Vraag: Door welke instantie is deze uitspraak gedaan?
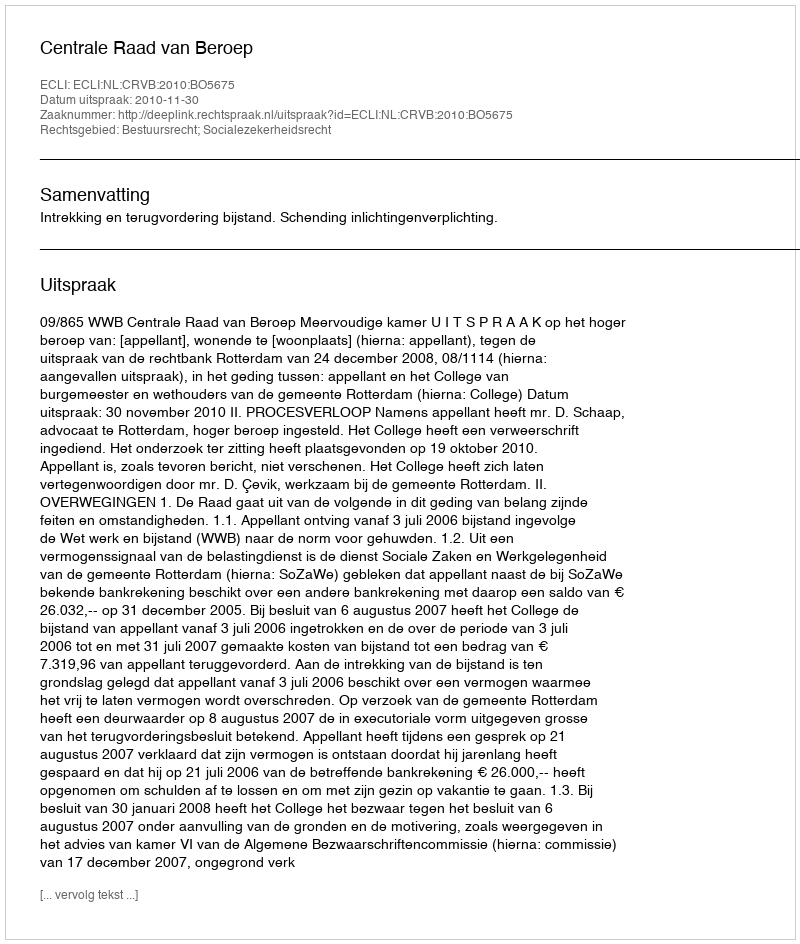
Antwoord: Centrale Raad van Beroep